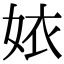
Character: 㛄